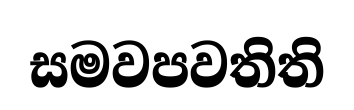
සමවපවතිති